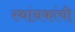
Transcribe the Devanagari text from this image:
स्थांनकांची